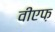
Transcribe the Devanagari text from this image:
वीएफ़